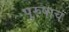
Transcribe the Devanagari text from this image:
पुरुषाचं